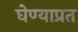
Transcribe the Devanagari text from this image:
घेण्याप्रत